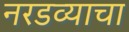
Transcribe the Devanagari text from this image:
नरडव्याचा